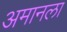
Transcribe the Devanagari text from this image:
अमानला